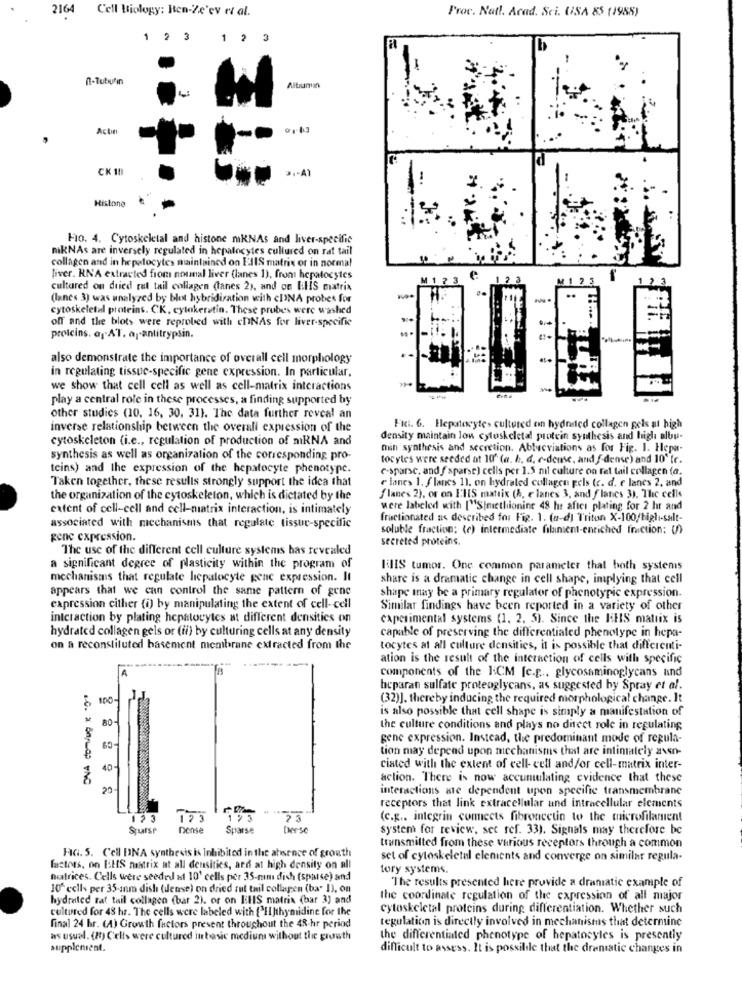
2164
Cell Biology: Ben-Ze'ev et al.
Proc. Natl. Acad. Sci. USA 85 (1955)
1 2 3
1 2
3
0-Tubulin
Albumin
Actin
CK 18
Histone
Fio. 4. Cytoskeletal and histone nikNAs and liver-specific
mikNAs are inversely regulated in hepatocytes cultured on rat tail
collagen and in hepatocytes maintained on ElIS matrix or in normal
liver. RNA extracted from nounal liver (lanes 1), from hepatocytes
M
12 3
cultured on dried ret tail collagen (lanes 2), and on THIS matrix
(lanes 3) was unalyzed by blot hybridization with cINA probes for
..
cytoskeletal proteins. CK, cylakeretin. These probes were washed
off and the blots were reprobed with chNAs for liver-specific
proteins. ay AT. ap-antitrypsin.
also demonstrate the importance of overall cell morphology
in regulating tissue-specific gene expression. In particular,
we show that cell cell as well as cell-matrix interactions
play a central role in these processes, a finding supported by
other studies (10, 16, 30, 31). The data further reveal an
inverse relationship between the overall expression of the
Fki. 6. Hepatocytes cultured en hydrated collagen gels at high
cytoskeleton (i.e ., regulation of production of miRNA and
density maintain lon cytoskeletal protein synthesis and high albu-
min synthesis and secretion. Ablucviations as for Fig. 1. Hepa-
synthesis as well as organization of the corresponding pro-
tocytes were seeded at 10' (a. b. d. c-dense, and { dense) and 10" fr.
teins) and the expression of the hepatocyte phenotype.
"-sparse, and f sparse) cells per 1.5 nil culture on fel tail collagen (a.
Taken together, these results strongly support the idea that
e lanes 1. flanes 1). on hydrated collagen pels (c. d. e lanes 2, and
the organization of the cytoskeleton, which is dictated by the
flanes 2), or on EHS matrix (h. e lanes 3, and flanes 3). The cells
extent of cell-cell and cell-matrix interaction, is intimately
were labeled with ["S|methionine 48 he after plating for 2 hr and
fractionated as described for Fig. 1. (n-d) Triton X-100//high-salt-
associated with mechanismis that regulate tissue-specific
soluble fraction: (c) intermediate filament-enriched friction: )
gene expression.
secreted proteins.
The use of the different cell culture systems has revealed
a significant degree of plasticity within the program of
BIS tumor. One common parameter that both systems
mechanisms that regulate licpatocyte gene expression. It
share is a dramatic change in cell shape, implying that cell
appears that we can control the same pattern of gene
shape may be a primary regulator of phenotypic expression.
expression cither (i) by manipulating the extent of cell-cell
Similar findings have been reported in a variety of other
interaction by plating hepatocytes at different densities on
caperimental systems (1. 2. 5). Since the HES matrix is
hydrated collagen gels or (ii) by culturing cells at any density
capable of preserving the differentialed phenotype in hepa-
on a reconstituted basement membrane extracted from the
tocytes at all culture densities, it is possible that differenti-
ation is the result of the interaction of cells with specific
A
components of the 1:CM [c.g ... glycosaminoglycans and
heparan sulfate proteoglycans, as suggested by Spray et al.
100
(32)], thereby inducing the required morphological change. It
is also possible that cell shape is simply a manifestation of
BO-
the culture conditions and plays no direct role in regulating
gene expression. Instead, the predominant mode of regula-
tion may depend upon mechanismis that are intiniately axon-
40
ciated with the extent of cell- cell and/or cell-matrix inter-
action. There is now accumulating evidence that these
20
interactions ate dependent upon specific transmembrane
receptors that link extracellular and intracellular elements
123
(c.g .. integrin connects fibroncetin to the microfilament
Spurse
Dense
Sparse
Desse
system for review, set ref. 33). Signals may therefore be
HG. 5. Cell DNA synthesis is Inhibited in the absence of growth
transmitted from these various receptors through a common
set of cytoskeletal elements and converge on similar regula-
factors, on BHS nastrix at all densities, and at high density on all
tory systems.
matrices. Cells were seeded a1 10' cells por 35-mm dich (sparse) and
10" cells per 35 anm dish (Jeuse) on dried rut tail collagen (ba" I), on
The results presented here provide a dramatic example of
hydrated tat tail collagen (bar 2). or on EHIS matrix (bar 3) and
the coordinate regulation of the expression of all major
cultured for 48 hs. The cells were labeled with ['HIJthymidine for the
cytoskeletal proteins during differentiation. Whether such
tegulation is directly involved in mechanismus that determine
final 24 hr. (A) Growth factors present throughout the 48-hr period
as usual. (8) Cells were cultured in basic medium without the growth
the differentiated phenotype of hepatocyles is presently
supplement.
difficult to assess. It is possible that the dramatic changes in